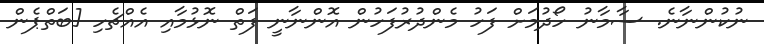
ނުކުންނާނެ. ސާމާނު ހޯދުމަށް ފަހު މެންދުރުފަހުން އޮންނާނީ ފަތް ނޮޅުމާއި އެއްޗެހި [ބަތްޕެން